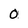
Character: 0